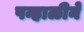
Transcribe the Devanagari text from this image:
पन्हाळीने